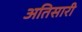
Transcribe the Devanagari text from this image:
अतिसारी